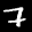
Label: 7